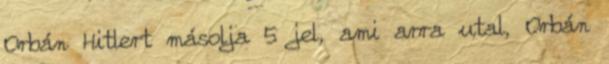
Orbán Hitlert másolja 5 jel, ami arra utal, Orbán